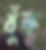
ধুঁক